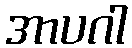
အာပဂါ